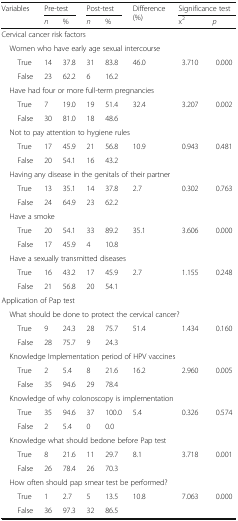
<table><thead><tr><td rowspan="2"><b>Variables</b></td><td colspan="2"><b>Pre-test</b></td><td colspan="2"><b>Post-test</b></td><td rowspan="2"><b>Difference (%)</b></td><td colspan="2"><b>Significance test</b></td></tr><tr><td><b><i>n</i></b></td><td><b>%</b></td><td><b><i>n</i></b></td><td><b>%</b></td><td><b>x<sup>2</sup></b></td><td><b><i>p</i></b></td></tr></thead><tbody><tr><td colspan="8">Cervical cancer risk factors</td></tr><tr><td colspan="8"> Women who have early age sexual intercourse</td></tr><tr><td>True</td><td>14</td><td>37.8</td><td>31</td><td>83.8</td><td rowspan="2">46.0</td><td rowspan="2">3.710</td><td rowspan="2">0.000</td></tr><tr><td>False</td><td>23</td><td>62.2</td><td>6</td><td>16.2</td></tr><tr><td colspan="8"> Have had four or more full-term pregnancies</td></tr><tr><td>True</td><td>7</td><td>19.0</td><td>19</td><td>51.4</td><td rowspan="2">32.4</td><td rowspan="2">3.207</td><td rowspan="2">0.002</td></tr><tr><td>False</td><td>30</td><td>81.0</td><td>18</td><td>48.6</td></tr><tr><td colspan="8"> Not to pay attention to hygiene rules</td></tr><tr><td>True</td><td>17</td><td>45.9</td><td>21</td><td>56.8</td><td rowspan="2">10.9</td><td rowspan="2">0.943</td><td rowspan="2">0.481</td></tr><tr><td>False</td><td>20</td><td>54.1</td><td>16</td><td>43.2</td></tr><tr><td colspan="8"> Having any disease in the genitals of their partner</td></tr><tr><td>True</td><td>13</td><td>35.1</td><td>14</td><td>37.8</td><td rowspan="2">2.7</td><td rowspan="2">0.302</td><td rowspan="2">0.763</td></tr><tr><td>False</td><td>24</td><td>64.9</td><td>23</td><td>62.2</td></tr><tr><td colspan="8"> Have a smoke</td></tr><tr><td>True</td><td>20</td><td>54.1</td><td>33</td><td>89.2</td><td rowspan="2">35.1</td><td rowspan="2">3.606</td><td rowspan="2">0.000</td></tr><tr><td>False</td><td>17</td><td>45.9</td><td>4</td><td>10.8</td></tr><tr><td colspan="8"> Have a sexually transmitted diseases</td></tr><tr><td>True</td><td>16</td><td>43.2</td><td>17</td><td>45.9</td><td rowspan="2">2.7</td><td rowspan="2">1.155</td><td rowspan="2">0.248</td></tr><tr><td>False</td><td>21</td><td>56.8</td><td>20</td><td>54.1</td></tr><tr><td colspan="8">Application of Pap test</td></tr><tr><td colspan="8"> What should be done to protect the cervical cancer?</td></tr><tr><td>True</td><td>9</td><td>24.3</td><td>28</td><td>75.7</td><td rowspan="2">51.4</td><td rowspan="2">1.434</td><td rowspan="2">0.160</td></tr><tr><td>False</td><td>28</td><td>75.7</td><td>9</td><td>24.3</td></tr><tr><td colspan="8"> Knowledge Implementation period of HPV vaccines</td></tr><tr><td>True</td><td>2</td><td>5.4</td><td>8</td><td>21.6</td><td>16.2</td><td>2.960</td><td>0.005</td></tr><tr><td>False</td><td>35</td><td>94.6</td><td>29</td><td>78.4</td><td></td><td></td><td></td></tr><tr><td colspan="8"> Knowledge of why colonoscopy is implementation</td></tr><tr><td>True</td><td>35</td><td>94.6</td><td>37</td><td>100.0</td><td>5.4</td><td>0.326</td><td>0.574</td></tr><tr><td>False</td><td>2</td><td>5.4</td><td>0</td><td>0.0</td><td></td><td></td><td></td></tr><tr><td colspan="8"> Knowledge what should bedone before Pap test</td></tr><tr><td>True</td><td>8</td><td>21.6</td><td>11</td><td>29.7</td><td>8.1</td><td>3.718</td><td>0.001</td></tr><tr><td>False</td><td>26</td><td>78.4</td><td>26</td><td>70.3</td><td></td><td></td><td></td></tr><tr><td colspan="8"> How often should pap smear test be performed?</td></tr><tr><td>True</td><td>1</td><td>2.7</td><td>5</td><td>13.5</td><td>10.8</td><td>7.063</td><td>0.000</td></tr><tr><td>False</td><td>36</td><td>97.3</td><td>32</td><td>86.5</td><td></td><td></td><td></td></tr></tbody></table>